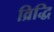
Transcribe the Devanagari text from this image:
व्रिद्धि